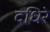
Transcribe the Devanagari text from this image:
दधिरे